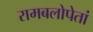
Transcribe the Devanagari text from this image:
रामबलोपेतां